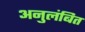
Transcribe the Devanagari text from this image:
अनुलंबित